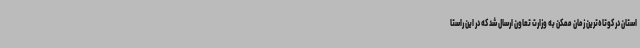
استان در کوتاه‌ترین زمان ممکن به وزارت تعاون ارسال شد که در این راستا